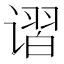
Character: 𰶃